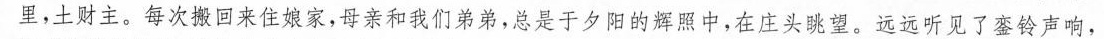
里，土财主，每次搬回来住娘家，母亲和我们弟弟，总是于夕阳的辉照中，在庄头眺望。远远听见了銮铃声响，